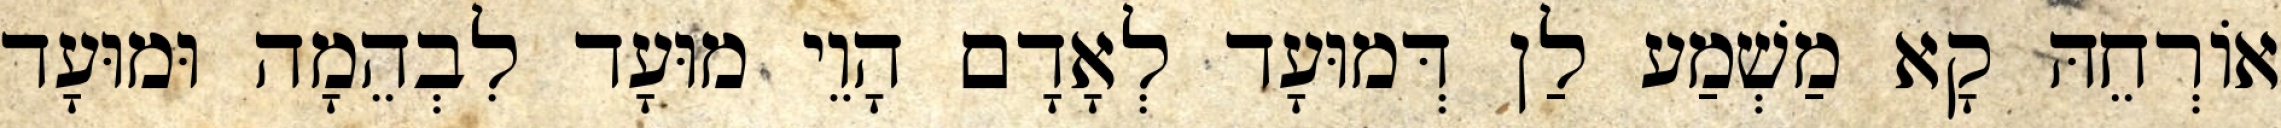
אוֹרְחֵהּ קָא מַשְׁמַע לַן דְּמוּעָד לְאָדָם הָוֵי מוּעָד לִבְהֵמָה וּמוּעָד